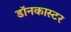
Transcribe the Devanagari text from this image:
डॉनकास्टर